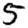
Digit: 5